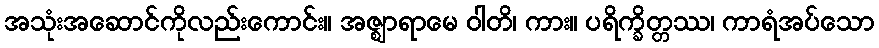
အသုံးအဆောင်ကိုလည်းကောင်း။ အဇ္ဈာရာမေ ဝါတိ၊ ကား။ ပရိက္ခိတ္တဿ၊ ကာရံအပ်သော